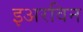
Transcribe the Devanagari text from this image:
इअरविन